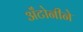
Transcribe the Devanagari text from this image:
अँटोनीने